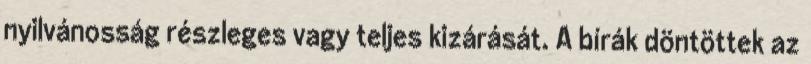
nyilvánosság részleges vagy teljes kizárását. A bírák döntöttek az